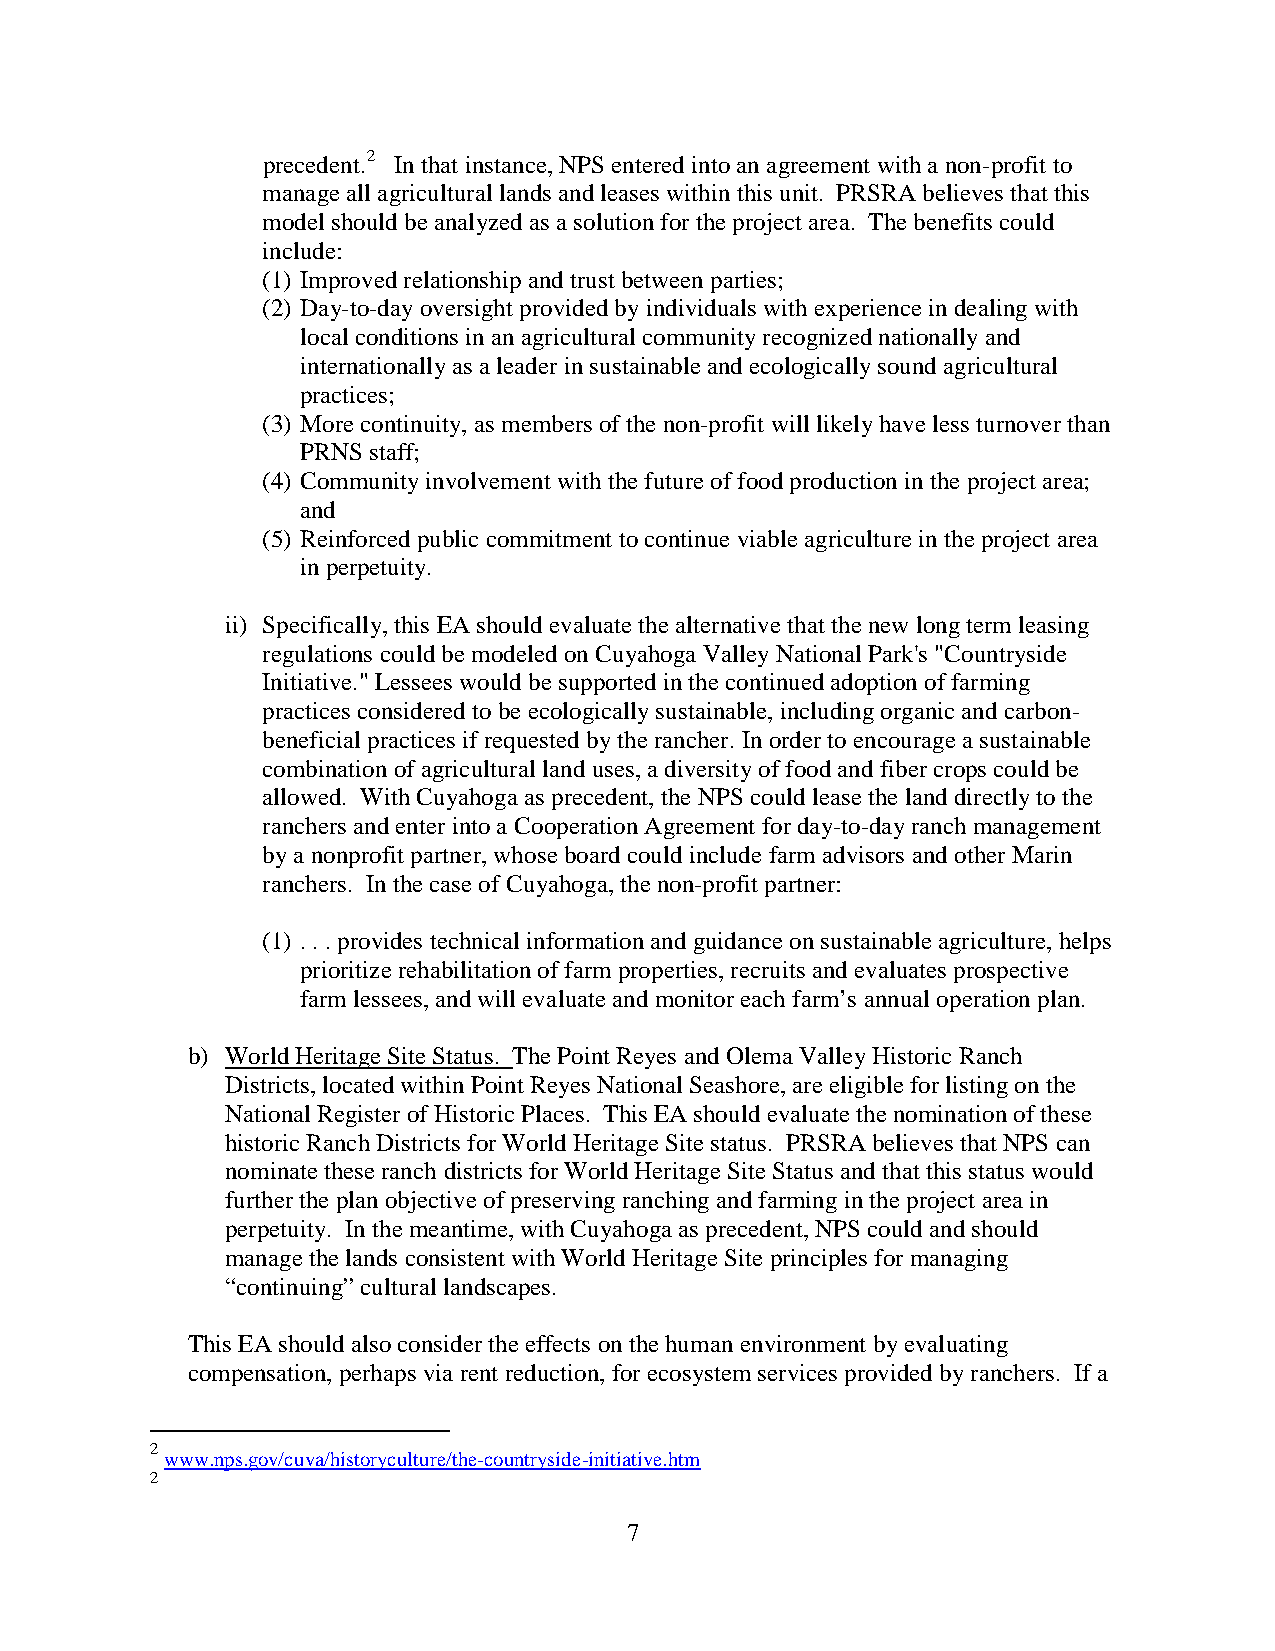
precedent.2 In that instance, NPS entered into an agreement with a non-profit to
 manage all agricultural lands and leases within this unit. PRSRA believes that this
 model should be analyzed as a solution for the project area. The benefits could
 include:
 (1) Improved relationship and trust between parties;
 (2) Day-to-day oversight provided by individuals with experience in dealing with
 local conditions in an agricultural community recognized nationally and
 internationally as a leader in sustainable and ecologically sound agricultural
 practices;
 (3) More continuity, as members of the non-profit will likely have less turnover than
 PRNS staff;
 (4) Community involvement with the future of food production in the project area;
 and
 (5) Reinforced public commitment to continue viable agriculture in the project area
 in perpetuity.
 ii) Specifically, this EA should evaluate the alternative that the new long term leasing
 regulations could be modeled on Cuyahoga Valley National Park's "Countryside
 Initiative." Lessees would be supported in the continued adoption of farming
 practices considered to be ecologically sustainable, including organic and carbon-
 beneficial practices if requested by the rancher. In order to encourage a sustainable
 combination of agricultural land uses, a diversity of food and fiber crops could be
 allowed. With Cuyahoga as precedent, the NPS could lease the land directly to the
 ranchers and enter into a Cooperation Agreement for day-to-day ranch management
 by a nonprofit partner, whose board could include farm advisors and other Marin
 ranchers. In the case of Cuyahoga, the non-profit partner:
 (1) . . . provides technical information and guidance on sustainable agriculture, helps
 prioritize rehabilitation of farm properties, recruits and evaluates prospective
 farm lessees, and will evaluate and monitor each farm’s annual operation plan.
 b) World Heritage Site Status. The Point Reyes and Olema Valley Historic Ranch
 Districts, located within Point Reyes National Seashore, are eligible for listing on the
 National Register of Historic Places. This EA should evaluate the nomination of these
 historic Ranch Districts for World Heritage Site status. PRSRA believes that NPS can
 nominate these ranch districts for World Heritage Site Status and that this status would
 further the plan objective of preserving ranching and farming in the project area in
 perpetuity. In the meantime, with Cuyahoga as precedent, NPS could and should
 manage the lands consistent with World Heritage Site principles for managing
 “continuing” cultural landscapes.
 This EA should also consider the effects on the human environment by evaluating
 compensation, perhaps via rent reduction, for ecosystem services provided by ranchers. If a
 2
 www.nps.gov/cuva/historyculture/the-countryside-initiative.htm
 2
 7